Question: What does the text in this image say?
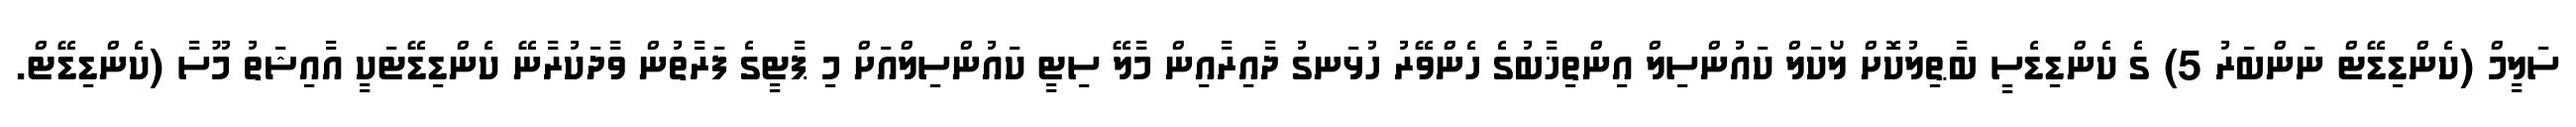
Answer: ސަލީމް (ކެންޑިޑޭޓް ނަންބަރު 5) ގެ ކެންޑިޑެސީ ބާޠިލުކޮށް ލޯކަލް ކައުންސިލް އިންތިޚާބުގެ ހެންވޭރު ހުޅަނގު ދާއިރާއިން މާލޭ ސިޓީ ކައުންސިލްއަށް މި ޕާޓީގެ ފަރާތުން ވާދަކުރާނޭ ކެންޑިޑޭޓަކީ އާއިޝަތު މޫސާ (ކެންޑިޑޭޓް.